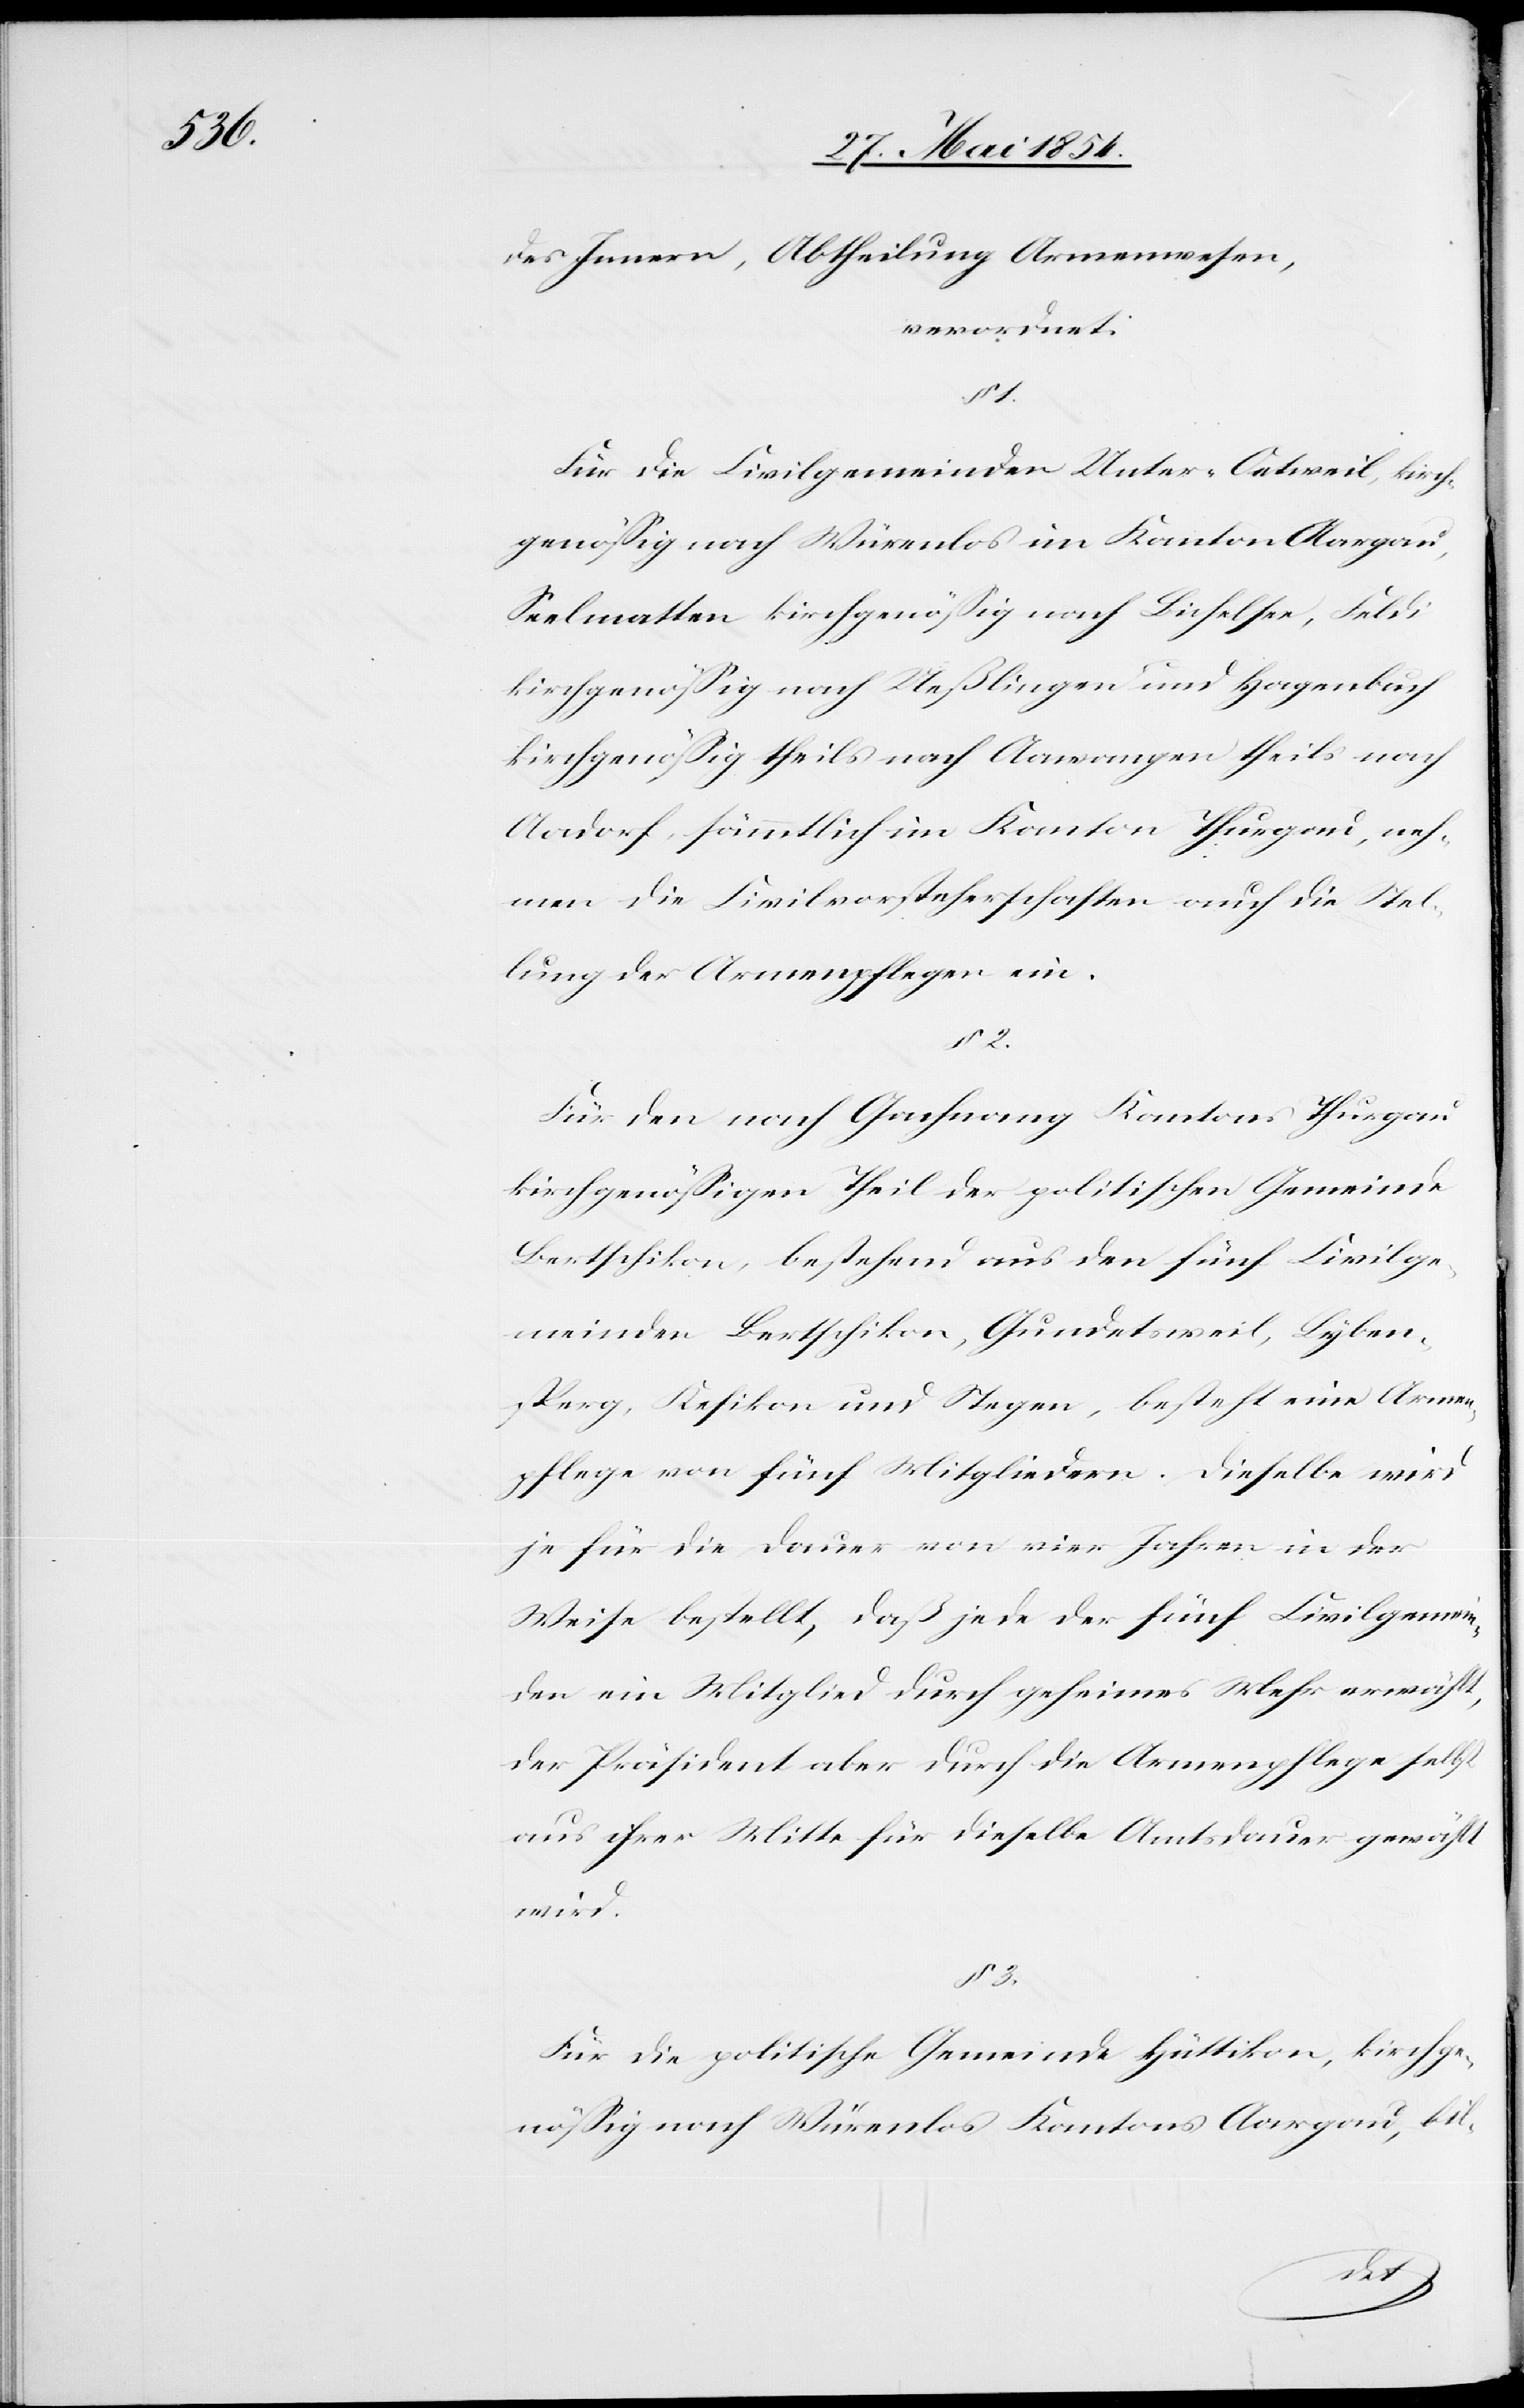
des Innern, Abtheilung Armenwesen,
verordnet:
1.
Für die Civilgemeinde Unter-Oetweil, kirch¬
genößig nach Würenlos im Kanton Aargau,
Seelmatten kirchgenößig nach Bichelsee, Feldi
kirchgenößig nach Ueßlingen und Hagenbuch
kirchgenößig theils nach Aawangen theils nach
Aadorf, sämmtlich im Kanton Thurgau, neh¬
men die Civilvorsteherschaften auch die Stel¬
lung der Armenpflege ein.
Für den nach Gachnang Kantons Thurgau
kirchgenößigen Theil der politischen Gemeinde
Bertschikon, bestehend aus den fünf Civilge¬
meinden Bertschikon, Gundetsweil, Lybens¬
perg, Kefikon und Stegen, besteht eine Armen¬
pflege von fünf Mitgliedern. Dieselbe wird
je für die Dauer von vier Jahren in der
Weise bestellt, daß jede der fünf Civilgemein¬
den ein Mitglied durch geheimes Mehr erwählt,
der Präsident aber durch die Armenpflege selbst
aus ihrer Mitte für dieselbe Amtsdauer gewählt
wird.
Für die politische Gemeinde Hüttikon, kirchge¬
nößig nach Würenlos Kantons Aargau, bil-
3.